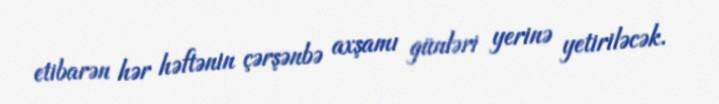
etibarən hər həftənin çərşənbə axşamı günləri yerinə yetiriləcək.